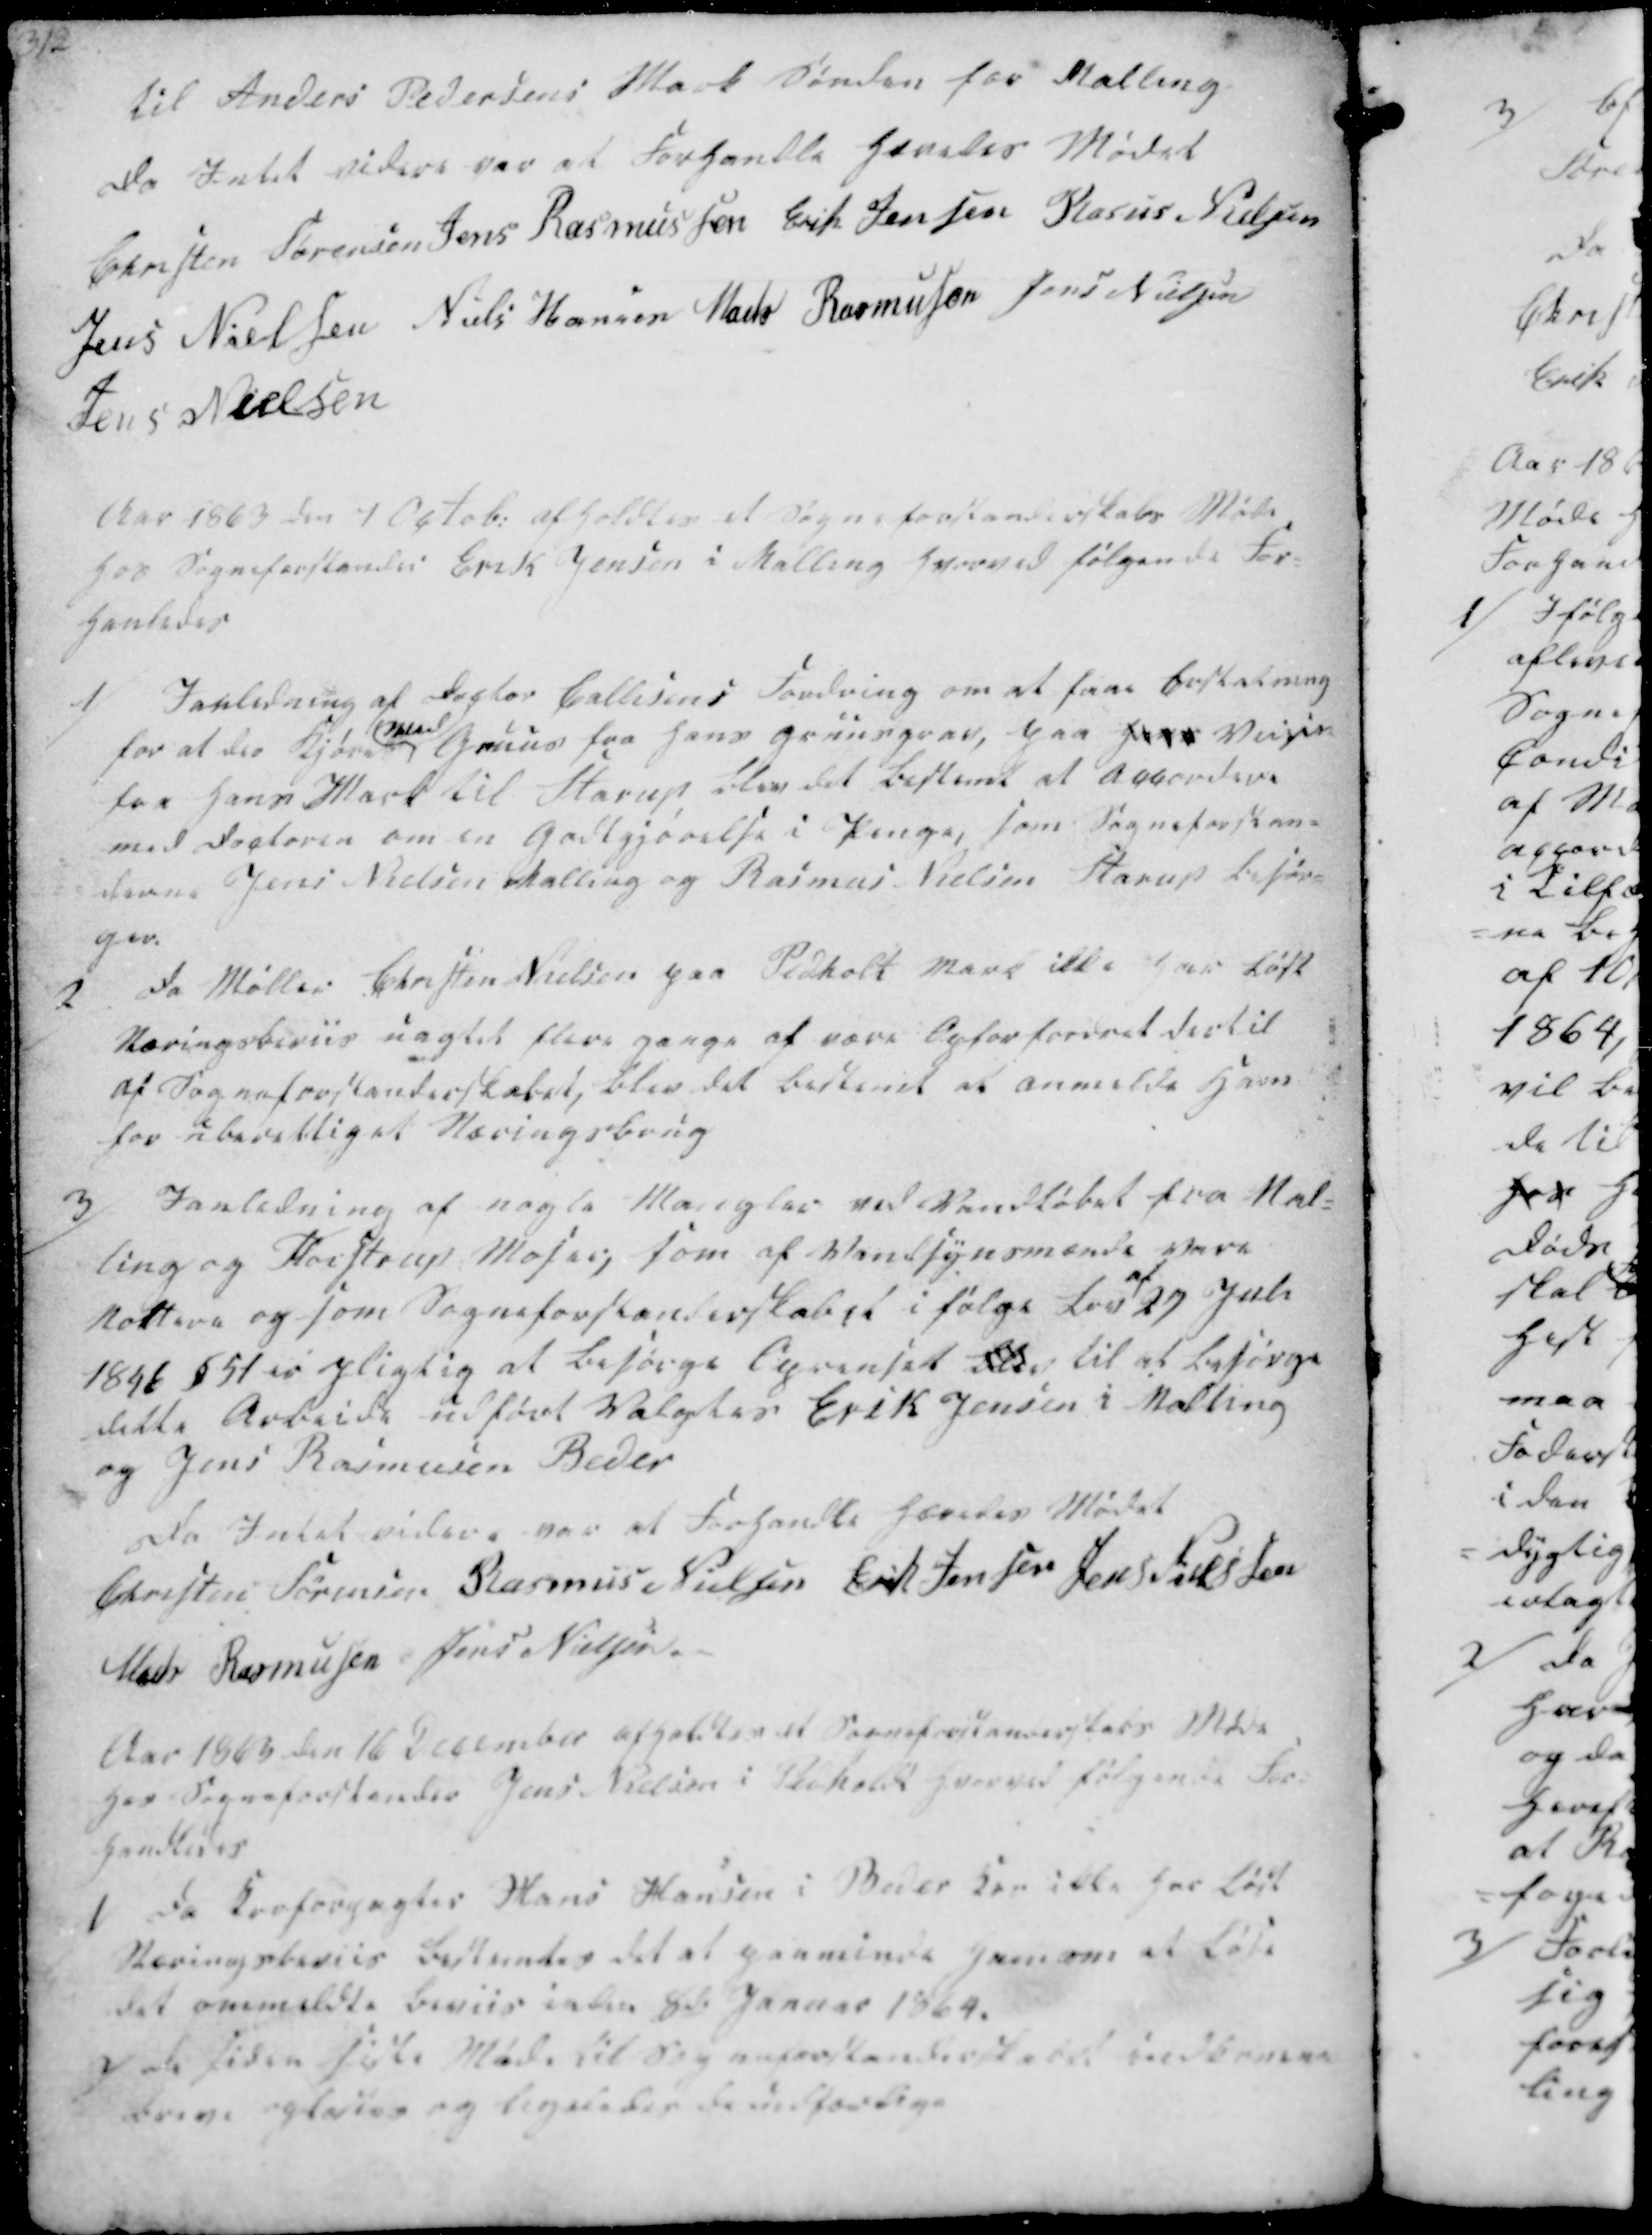
Transskription:
til Anders Pedersens Mark Sønden for Malling
Da Intet videre var at Forhandle hævedes Mødet

Christen Sørensen
Jens Rasmussen
Erik Jensen
Rasmus Nielsen
Jens Nielsen
Niels Hansen
Mads Rasmussen
Jens Nielsen
Jens Nielsen

Aar 1863 den 7 Octob. afholdtes et Sogneforstanderskabs Møde
hos Sogneforstander Erik Jensen i Malling hvorved følgende For-
hanledes

1/ Ianledning af Doctor Callesens Fordring om at faae beskatning
for at der Kjøres
med
Gruus fra hans Gruusgrav, paa hans Veien
fra hans Mark til Starup blev det bestemt at accordere
med Doctoren om en Godtgjørelse i Penge, som Sogneforstand-
derne Jens Nielsen Malling og Rasmus Nielsen Starup besør-
ger.
2/
Da Møller Christen Nielsen paa Pedholt Mark ikke har løst
Næringsbeviis uagtet flere gange af være Opforfordret dertil
af Sogneforstanderskabet, blev det bestemt at anmelde Ham
for uberettiget Næringsbrug

3/ Ianledning af nogle Mangler ved Vandløbet fra Mal-
ling og Fløistrup Moser, som af Vandsynsmænde vare
Nottere og som Sogneforstanderskabet i følge Lov af 27 Juli
1846 § 51 er pligtig at besørge Oprenset blev til at besørge
dette Arbeide udført Valgtes Erik Jensen i Malling
og Jens Rasmussen Beder

Da Intet videre var at Forhandle hævedes Mødet
Christen Sørensen
Rasmus Nielsen
Erik Jensen
Jens Nielsen
Mads Rasmussen
Jens Nielsen

Aar 1863 den 16 December afholdtes et Sogneforstanderskabs Møde
hos Sogneforstander Jens Nielsen i Pedholdt hvorved følgende For-
handledes

1/ Da Kroforpagter Hans Hansen i Beder kan ikke har løst
Næringsbeviis bestemtes det at paaminde ham om at løse
det ommeldte Beviis inden 8de Januar 1864.
2/ de siden sidste Møde til Sogneforstanderskabet indkomne
breve oplæstes og ligeledes de udfærdige